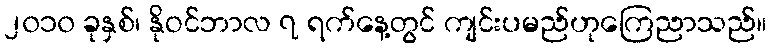
၂၀၁၀ ခုနှစ်၊ နိုဝင်ဘာလ ၇ ရက်နေ့တွင် ကျင်းပမည်ဟုကြေညာသည်။